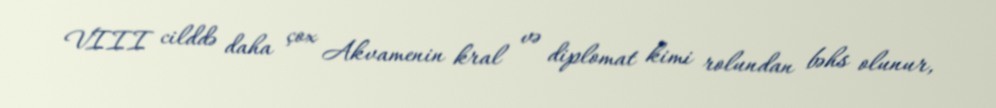
VIII cilddə daha çox Akvamenin kral və diplomat kimi rolundan bəhs olunur,